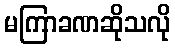
မကြာခဏဆိုသလို